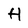
Character: H